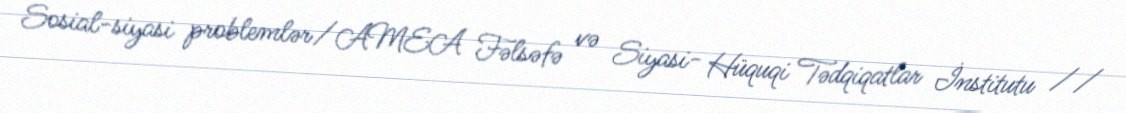
Sosial-siyasi problemlər/AMEA Fəlsəfə və Siyasi- Hüquqi Tədqiqatlar İnstitutu //